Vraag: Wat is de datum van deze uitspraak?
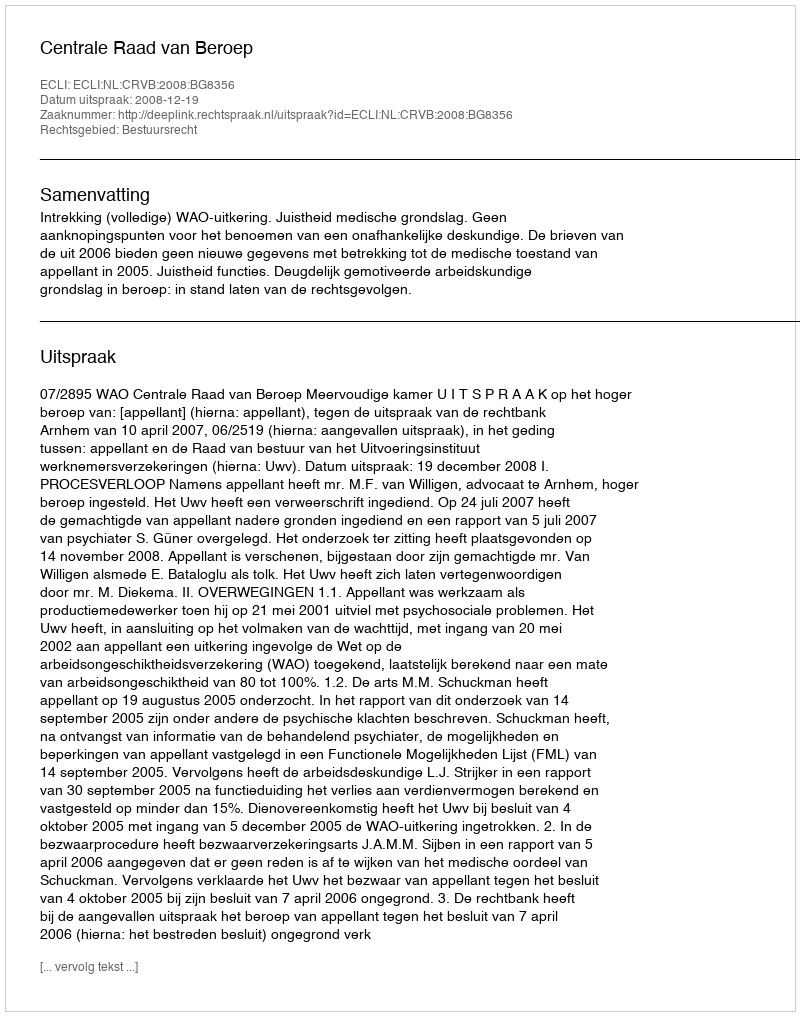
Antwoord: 2008-12-19